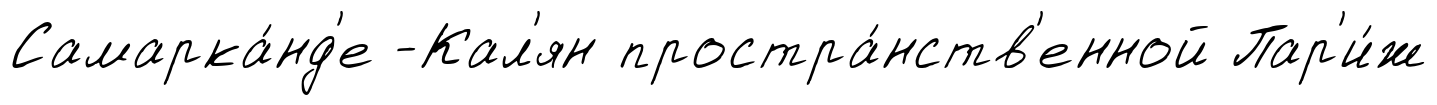
Самарка́нд'е -Кал'ян простра́нств'енной Пар'и́ж